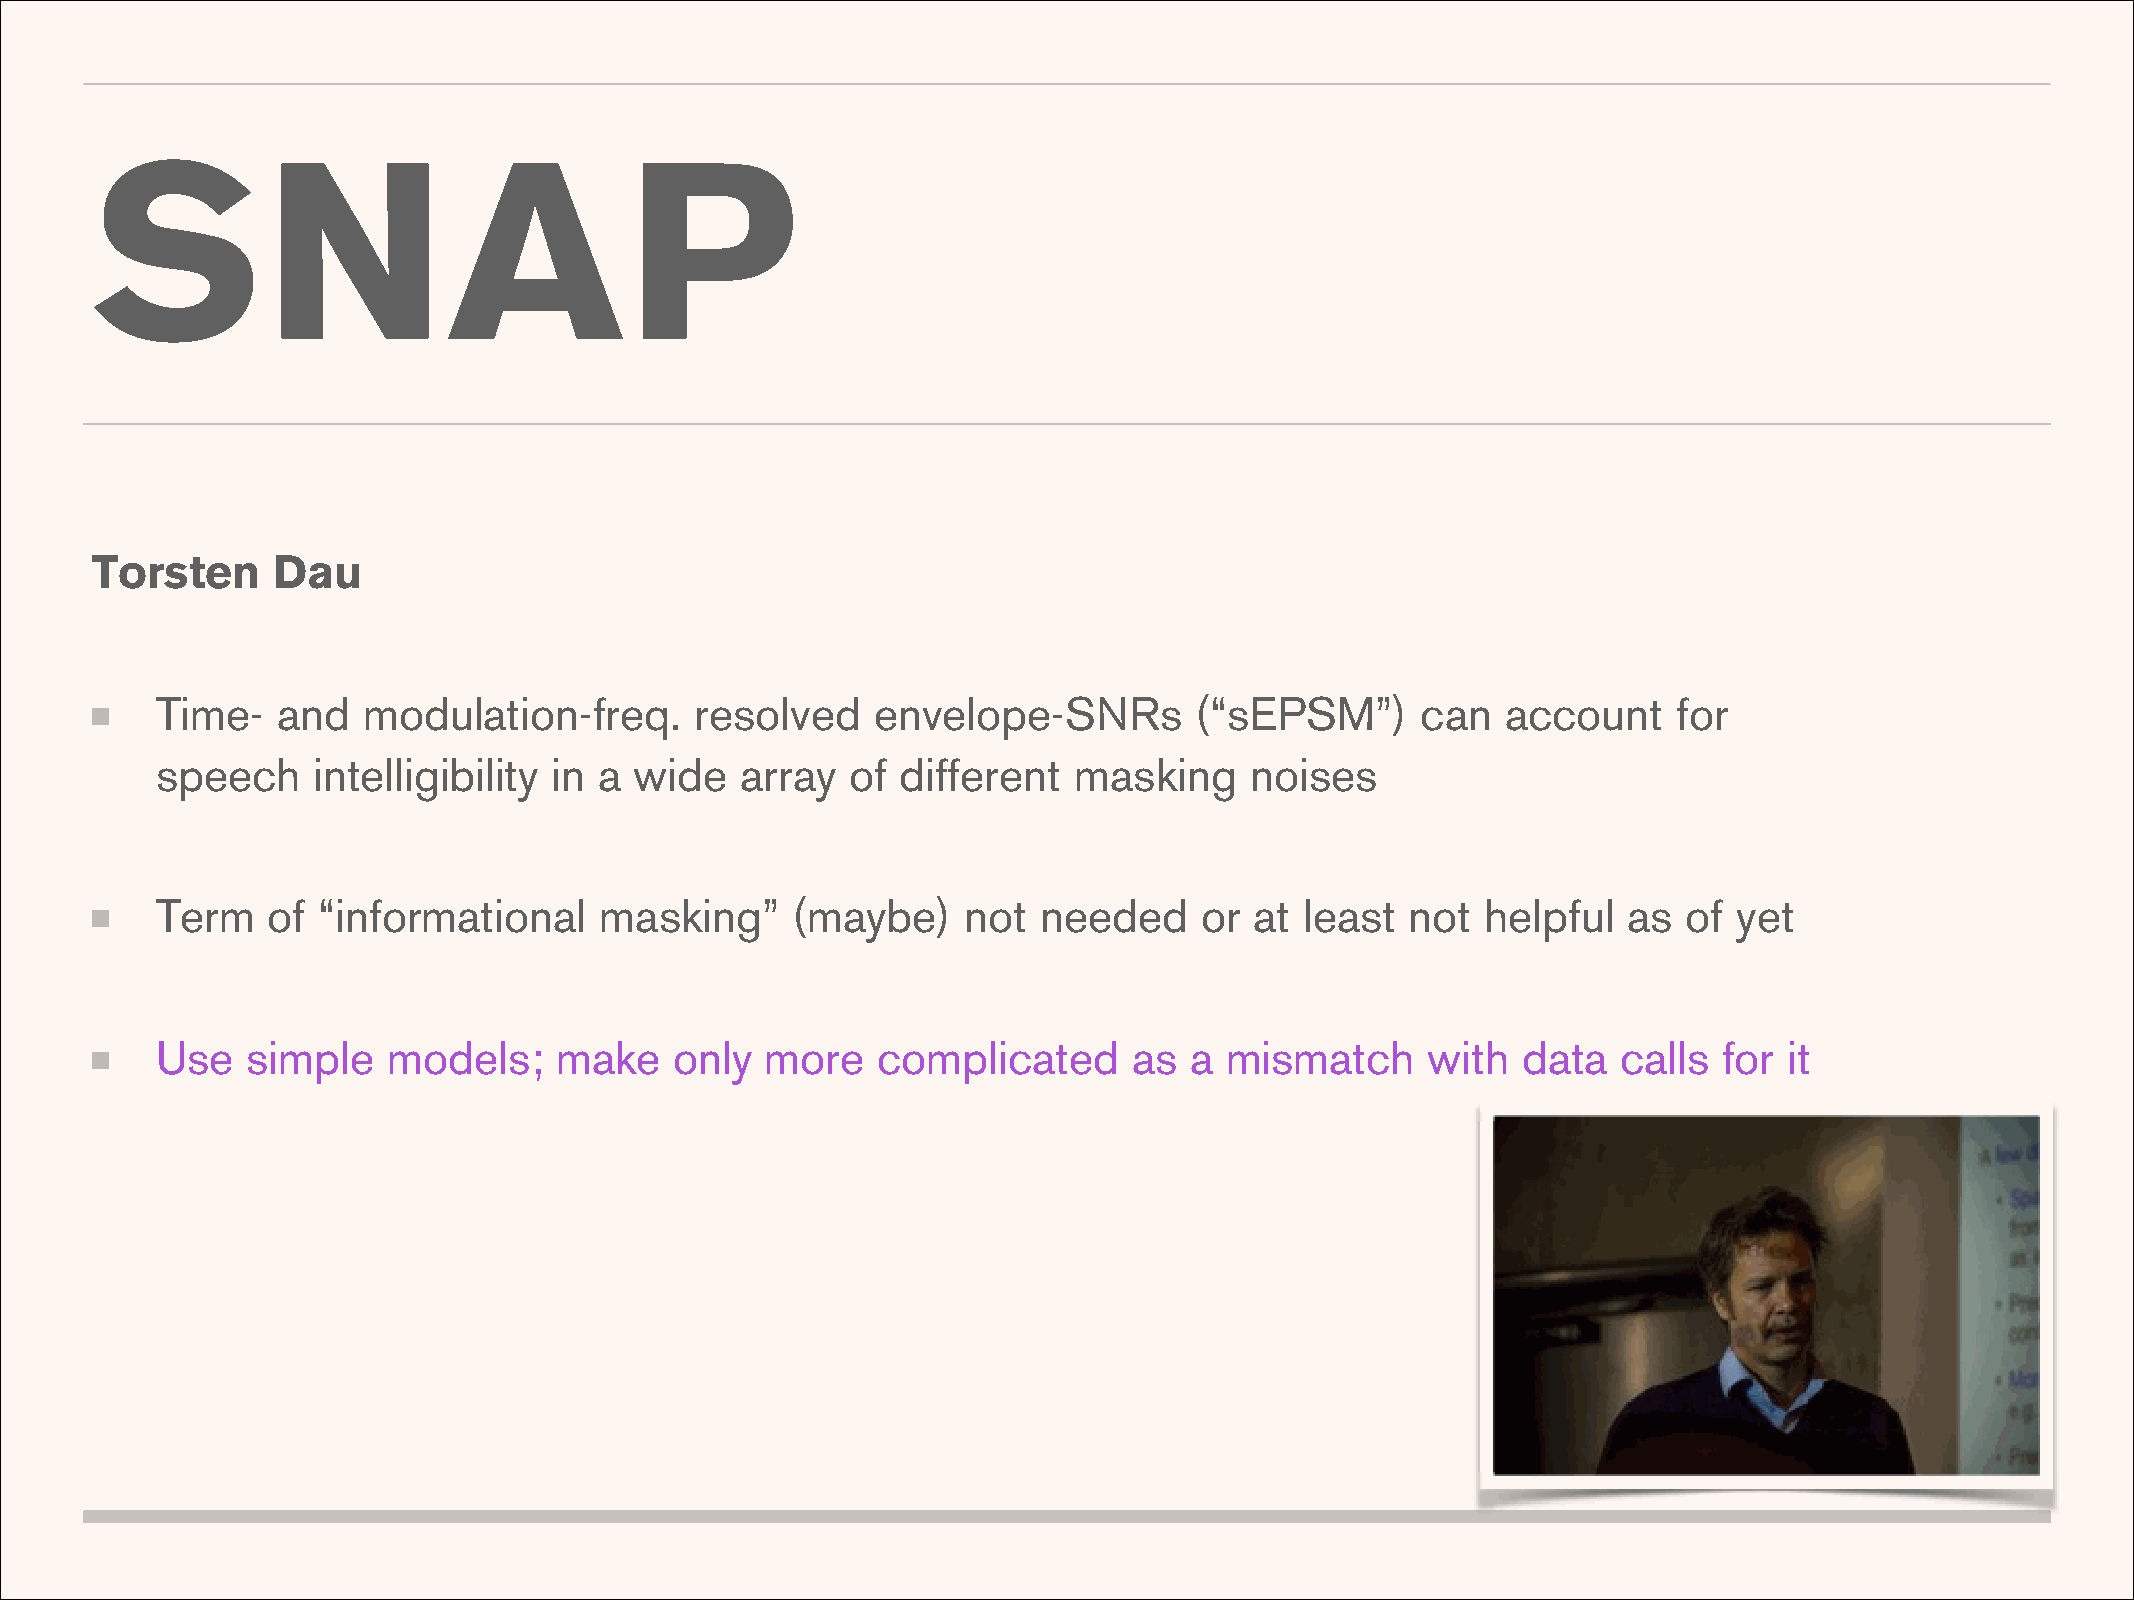
SNAP
 Torsten     Dau
 Time-   and   modulation-freq.      resolved    envelope-SNRs        (“sEPSM”)      can   account    for
 speech     intelligibility in a wide   array  of  different  masking     noises
 Term    of “informational     masking”    (maybe)     not  needed     or at least  not  helpful   as  of yet
 Use   simple    models;    make    only  more   complicated      as  a mismatch      with  data  calls  for it